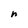
Character: n